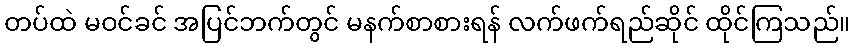
တပ်ထဲ မဝင်ခင် အပြင်ဘက်တွင် မနက်စာစားရန် လက်ဖက်ရည်ဆိုင် ထိုင်ကြသည်။